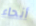
أنحاء